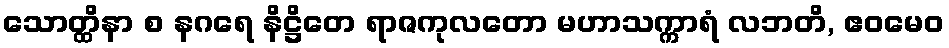
သောတ္ထိနာ စ နဂရေ နိဋ္ဌိတေ ရာဇကုလတော မဟာသက္ကာရံ လဘတိ, ဧဝမေဝ